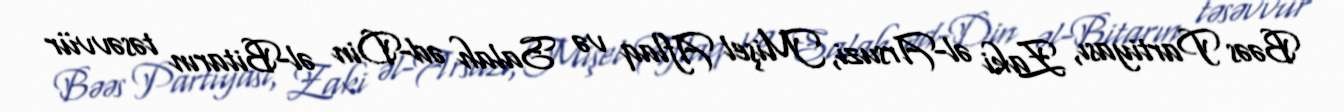
Bəəs Partiyası, Zaki əl-Arsuzi, Mişel Aflaq və Salah əd-Din əl-Bitarın təsəvvür